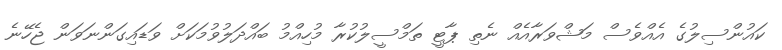
ކައުންސިލުގެ އެއްވެސް މަޝްވަރާއެއް ނެތި ޕާޓީ ތަމްސީލުކުރާ މުހިއްމު ބައްދަލުވުމަކަށް ވަޑައިގަންނަވަން ޖެހޭނެ